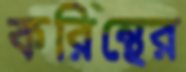
করিন্থের